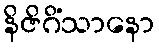
နိဇိဂိံသာနော